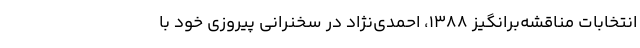
انتخابات مناقشه‌برانگیز ۱۳۸۸، احمدی‌نژاد در سخنرانی پیروزی خود با